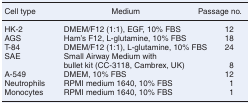
<table><thead><tr><td><b>Cell type</b></td><td><b>Medium</b></td><td><b>Passage no.</b></td></tr></thead><tbody><tr><td>HK-2</td><td>DMEM/F12 (1:1), EGF, 10% FBS</td><td>12</td></tr><tr><td>AGS</td><td>Ham&#x27;s F12, L-glutamine, 10% FBS</td><td>18</td></tr><tr><td>T-84</td><td>DMEM/F12 (1:1), L-glutamine, 10% FBS</td><td>24</td></tr><tr><td>SAE</td><td>Small Airway Medium with bullet kit (CC-3118, Cambrex, UK)</td><td>8</td></tr><tr><td>A-549</td><td>DMEM, 10% FBS</td><td>12</td></tr><tr><td>Neutrophils</td><td>RPMI medium 1640, 10% FBS</td><td>1</td></tr><tr><td>Monocytes</td><td>RPMI medium 1640, 10% FBS</td><td>1</td></tr></tbody></table>